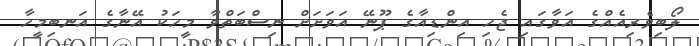
ލޯބިވެރިއެއްގެ އަވާގައި ޖެހި އިންޑިއާގެ ޕޫނޭ އަވަށަށް ނިސްބަތްވާ މީހަކު އޭނާގެ އަނބިމީހާ